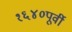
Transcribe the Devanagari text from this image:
१६४०पूर्वी